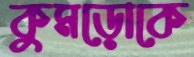
কুমড়োকে